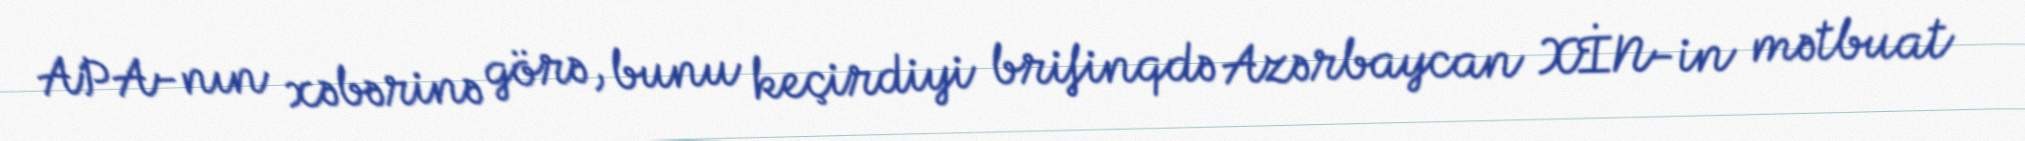
APA-nın xəbərinə görə, bunu keçirdiyi brifinqdə Azərbaycan XİN-in mətbuat